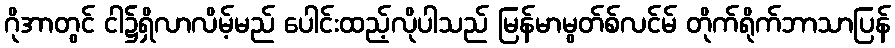
ဂိုအာတွင် ငါ၌ရှိလာလိမ့်မည် ပေါင်းထည့်လိုပါသည် မြန်မာမွတ်စ်လင်မ် တိုက်ရိုက်ဘာသာပြန်